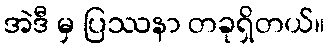
အဲဒီ မှ ပြဿနာ တခုရှိတယ်။